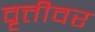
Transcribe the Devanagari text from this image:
वृत्तीवर